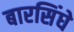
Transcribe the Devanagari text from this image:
बारसिंघे